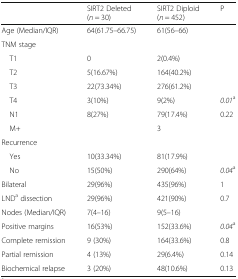
<table><thead><tr><td></td><td><b>SIRT2 Deleted (<i>n</i> = 30)</b></td><td><b>SIRT2 Diploid (<i>n</i> = 452)</b></td><td><b>P</b></td></tr></thead><tbody><tr><td>Age (Median/IQR)</td><td>64(61.75–66.75)</td><td>61(56–66)</td><td></td></tr><tr><td colspan="4">TNM stage</td></tr><tr><td> T1</td><td>0</td><td>2(0.4%)</td><td></td></tr><tr><td> T2</td><td>5(16.67%)</td><td>164(40.2%)</td><td></td></tr><tr><td> T3</td><td>22(73.34%)</td><td>276(61.2%)</td><td></td></tr><tr><td> T4</td><td>3(10%)</td><td>9(2%)</td><td><i>0.01</i><sup>a</sup></td></tr><tr><td> N1</td><td>8(27%)</td><td>79(17.4%)</td><td>0.22</td></tr><tr><td> M+</td><td></td><td>3</td><td></td></tr><tr><td colspan="4">Recurrence</td></tr><tr><td> Yes</td><td>10(33.34%)</td><td>81(17.9%)</td><td></td></tr><tr><td> No</td><td>15(50%)</td><td>290(64%)</td><td><i>0.04</i><sup>a</sup></td></tr><tr><td>Bilateral</td><td>29(96%)</td><td>435(96%)</td><td>1</td></tr><tr><td>LND<sup>a</sup> dissection</td><td>29(96%)</td><td>421(90%)</td><td>0.7</td></tr><tr><td>Nodes (Median/IQR)</td><td>7(4–16)</td><td>9(5–16)</td><td></td></tr><tr><td>Positive margins</td><td>16(53%)</td><td>152(33.6%)</td><td><i>0.04</i><sup>a</sup></td></tr><tr><td>Complete remission</td><td>9 (30%)</td><td>164(33.6%)</td><td>0.8</td></tr><tr><td>Partial remission</td><td>4 (13%)</td><td>29(6.4%)</td><td>0.14</td></tr><tr><td>Biochemical relapse</td><td>3 (20%)</td><td>48(10.6%)</td><td>0.13</td></tr></tbody></table>